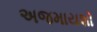
અજમાયશો